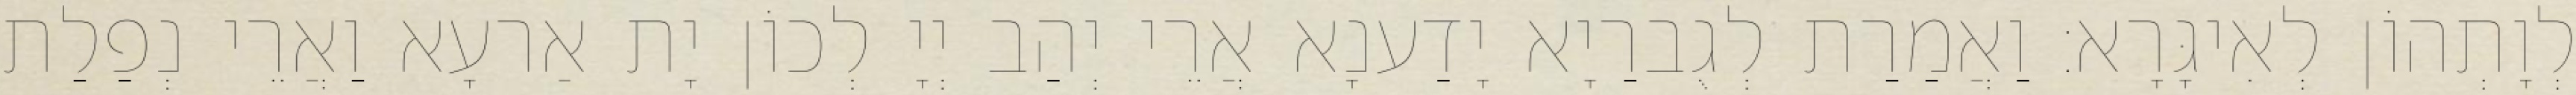
לְוָתְהוֹן לְאִיגָּרָא׃ וַאֲמַרַת לְגֻברַיָא יָדַענָא אֲרֵי יְהַב יְיָ לְכוֹן יָת אַרעָא וַאֲרֵי נְפַלַת